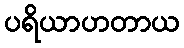
ပရိယာဟတာယ